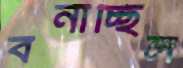
বনাচ্ছিল